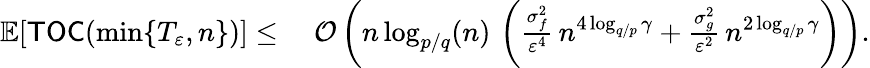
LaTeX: \begin{array}{rl}{\mathbb{E}[\mathsf{TOC}(\operatorname*{min}\{ T_{\varepsilon},n\} )]\leq\; }&{{\cal O}\left(n\log_{p/q}(n)\, \left(\frac{\sigma_{f}^{2}}{\varepsilon^{4}}\, n^{4\log_{q/p}\gamma}+\frac{\sigma_{g}^{2}}{\varepsilon^{2}}\, n^{2\log_{q/p}\gamma}\right)\right).}\end{array}